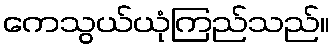
ကေသွယ်ယုံကြည်သည်။